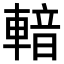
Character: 𨍑